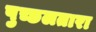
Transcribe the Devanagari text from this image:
पुच्छलतारा